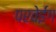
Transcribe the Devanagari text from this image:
परवेईंग